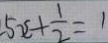
- 5 x + \frac { 1 } { 2 } = 1